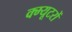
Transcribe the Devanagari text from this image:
क्म्यूटरों